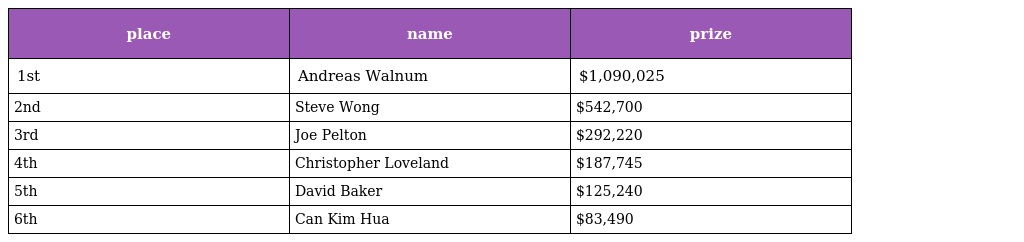
| place | name | prize |
 | --- | --- | --- |
 | 1st | Andreas Walnum | $1,090,025 |
 | 2nd | Steve Wong | $542,700 |
 | 3rd | Joe Pelton | $292,220 |
 | 4th | Christopher Loveland | $187,745 |
 | 5th | David Baker | $125,240 |
 | 6th | Can Kim Hua | $83,490 |